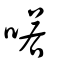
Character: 喏